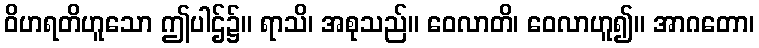
ဝိဟရတိဟူသော ဤပါဌ်၌။ ရာသိ၊ အစုသည်။ ဝေလာတိ၊ ဝေလာဟူ၍။ အာဂတော၊